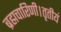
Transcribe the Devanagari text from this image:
ब्रह्मचारिणी।तृतीयं